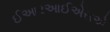
ઈઆરઆઈએસએ